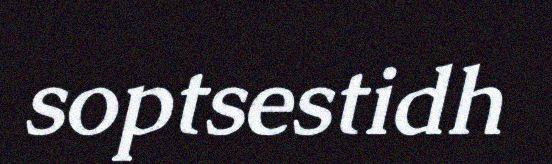
soptsestidh